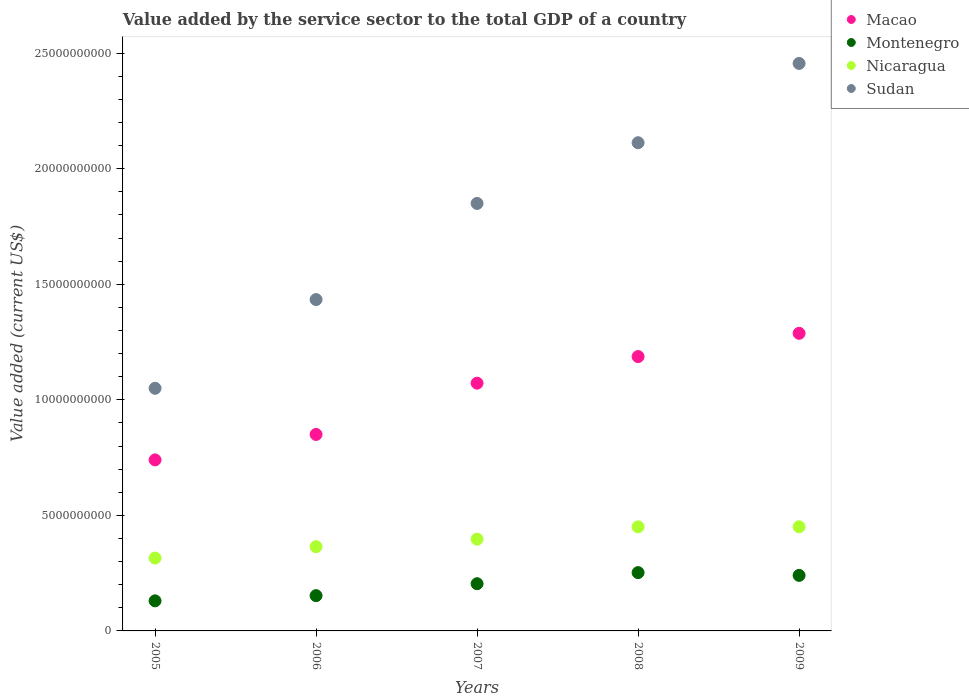
| Years | Macao | Montenegro | Nicaragua | Sudan |
 | --- | --- | --- | --- | --- |
 | 2005 | 7.4e+09 | 1.3e+09 | 3.15e+09 | 1.05e+10 |
 | 2006 | 8.5e+09 | 1.53e+09 | 3.64e+09 | 1.43e+10 |
 | 2007 | 1.07e+10 | 2.04e+09 | 3.97e+09 | 1.85e+10 |
 | 2008 | 1.19e+10 | 2.52e+09 | 4.5e+09 | 2.11e+10 |
 | 2009 | 1.29e+10 | 2.4e+09 | 4.51e+09 | 2.46e+10 |